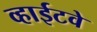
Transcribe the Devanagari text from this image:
व्हाईटवे